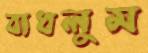
বাধলুম